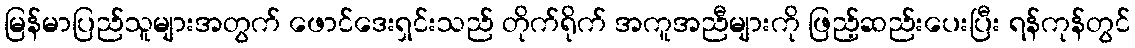
မြန်မာပြည်သူများအတွက် ဖောင်ဒေးရှင်းသည် တိုက်ရိုက် အကူအညီများကို ဖြည့်ဆည်းပေးပြီး ရန်ကုန်တွင်